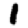
Digit: 1